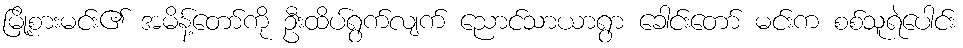
မြို့စားမင်း၏ အမိန့်တော်ကို ဦးထိပ်ရွက်လျက် ညောင်သာယာရွာ ခေါင်းတော် မင်းက စစ်သူရဲပေါင်း